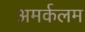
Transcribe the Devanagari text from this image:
अमर्कलम